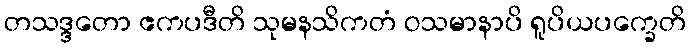
တသဒ္ဒတော ဧကပဒီတိ သုမနသိကတံ ဝသမာနာပိ ရူပိယပက္ခေတိ